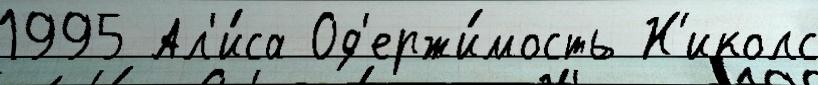
1995 Ал'и́са Од'ержи́мость Н'иколс